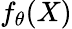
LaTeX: f_{\theta}(X)